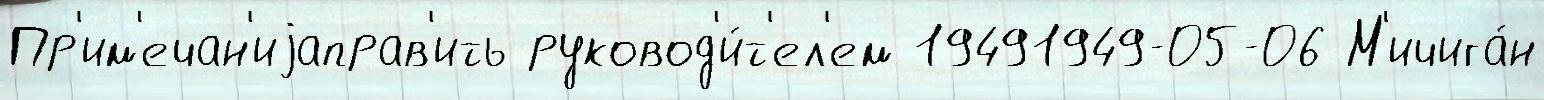
Пр'им'ечан'иjаправ'ить руковод'и́т'ел'ем 19491949-05-06 М'ичига́н